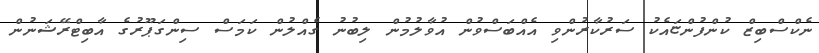
ނެކްސްބިޒް ކުންފުންޏައެކު ސަރުކާރުންވި އެއްބަސްވުން އުވާލުމުން ލިބުނު ގެއްލުން ކަމަސް ސިންގަޕޫރުގެ އާބިޓްރޭޝަނުން